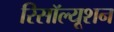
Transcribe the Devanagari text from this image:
रिसॉल्यूशन